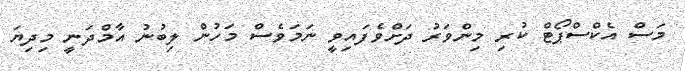
މަސް އެކްސްޕޯޓް ކުރި މިންވަރު ދަށްވެފައިވީ ނަމަވެސް މަހުން ލިބުނު އާމްދަނީ މިދިޔަ